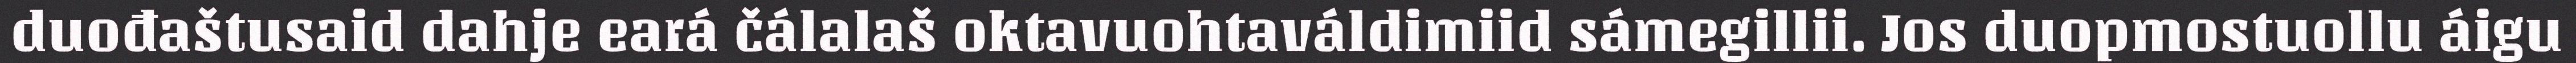
duođaštusaid dahje eará čálalaš oktavuohtaváldimiid sámegillii. Jos duopmostuollu áigu